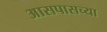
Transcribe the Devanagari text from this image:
अासपासच्या